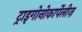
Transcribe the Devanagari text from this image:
ट्राइगोनोकार्पेलीज़